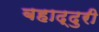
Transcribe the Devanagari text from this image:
बहाद्दुरी